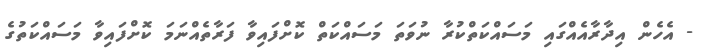
- އެހެން އިދާރާއެއްގައި މަސައްކަތްކުރާ ނުވަތަ މަސައްކަތް ކޮށްފައިވާ ފަރާތެއްނަމަ ކޮށްފައިވާ މަސައްކަތުގެ